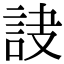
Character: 𧦾